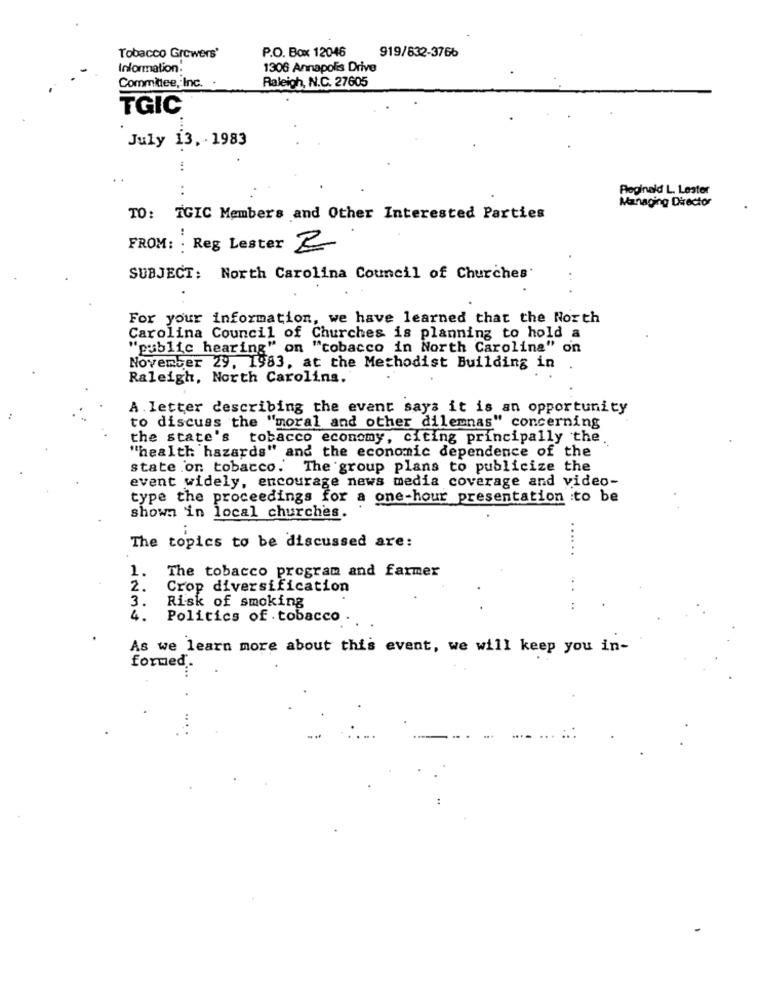
P.O. Box 12046
919/832-3766
Tobacco Growers'
Information.
1306 Annapolis Drive
Raleigh, N.C. 27605
Committee, Inc. .
TGIC
July 13, 1983
:
..
Reginald L. Lester
Managing Director
TO: TGIC Members and Other Interested Parties
FROM: : Reg Lester B
SUBJECT: North Carolina Council of Churches'
For your information, we have learned that the North
Carolina Council of Churches is planning to hold a
"public hearing" on "cobacco in North Carolina" on
November 29, 1983, at the Methodist Building in
Raleigh, North Carolina.
A letter describing the event says it is an opportunity
to discuss the "moral and other dilemnas" concerning
the state's tobacco economy, citing principally the.
"health hazards" and the economic dependence of the
state on tobacco. The group plans to publicize the
event widely, encourage news media coverage and video-
type the proceedings for a one-hour presentation to be
shown in local churches.
The topics to be discussed are:
1.
The tobacco program and farmer
2.
Crop diversification
3.
Risk of smoking
4.
Politics of tobacco
As we learn more about this event, we will keep you in-
formed.